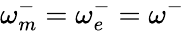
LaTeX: \omega_{m}^{-}=\omega_{e}^{-}=\omega^{-}